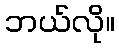
ဘယ်လို။